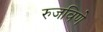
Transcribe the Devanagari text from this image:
रुजविणे